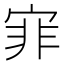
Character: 𡨰